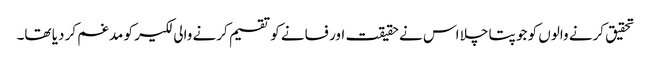
تحقیق کرنے والوں کو جو پتا چلا اس نے حقیقت اور فسانے کو تقسیم کرنے والی لکیر کو مدغم کر دیا تھا۔